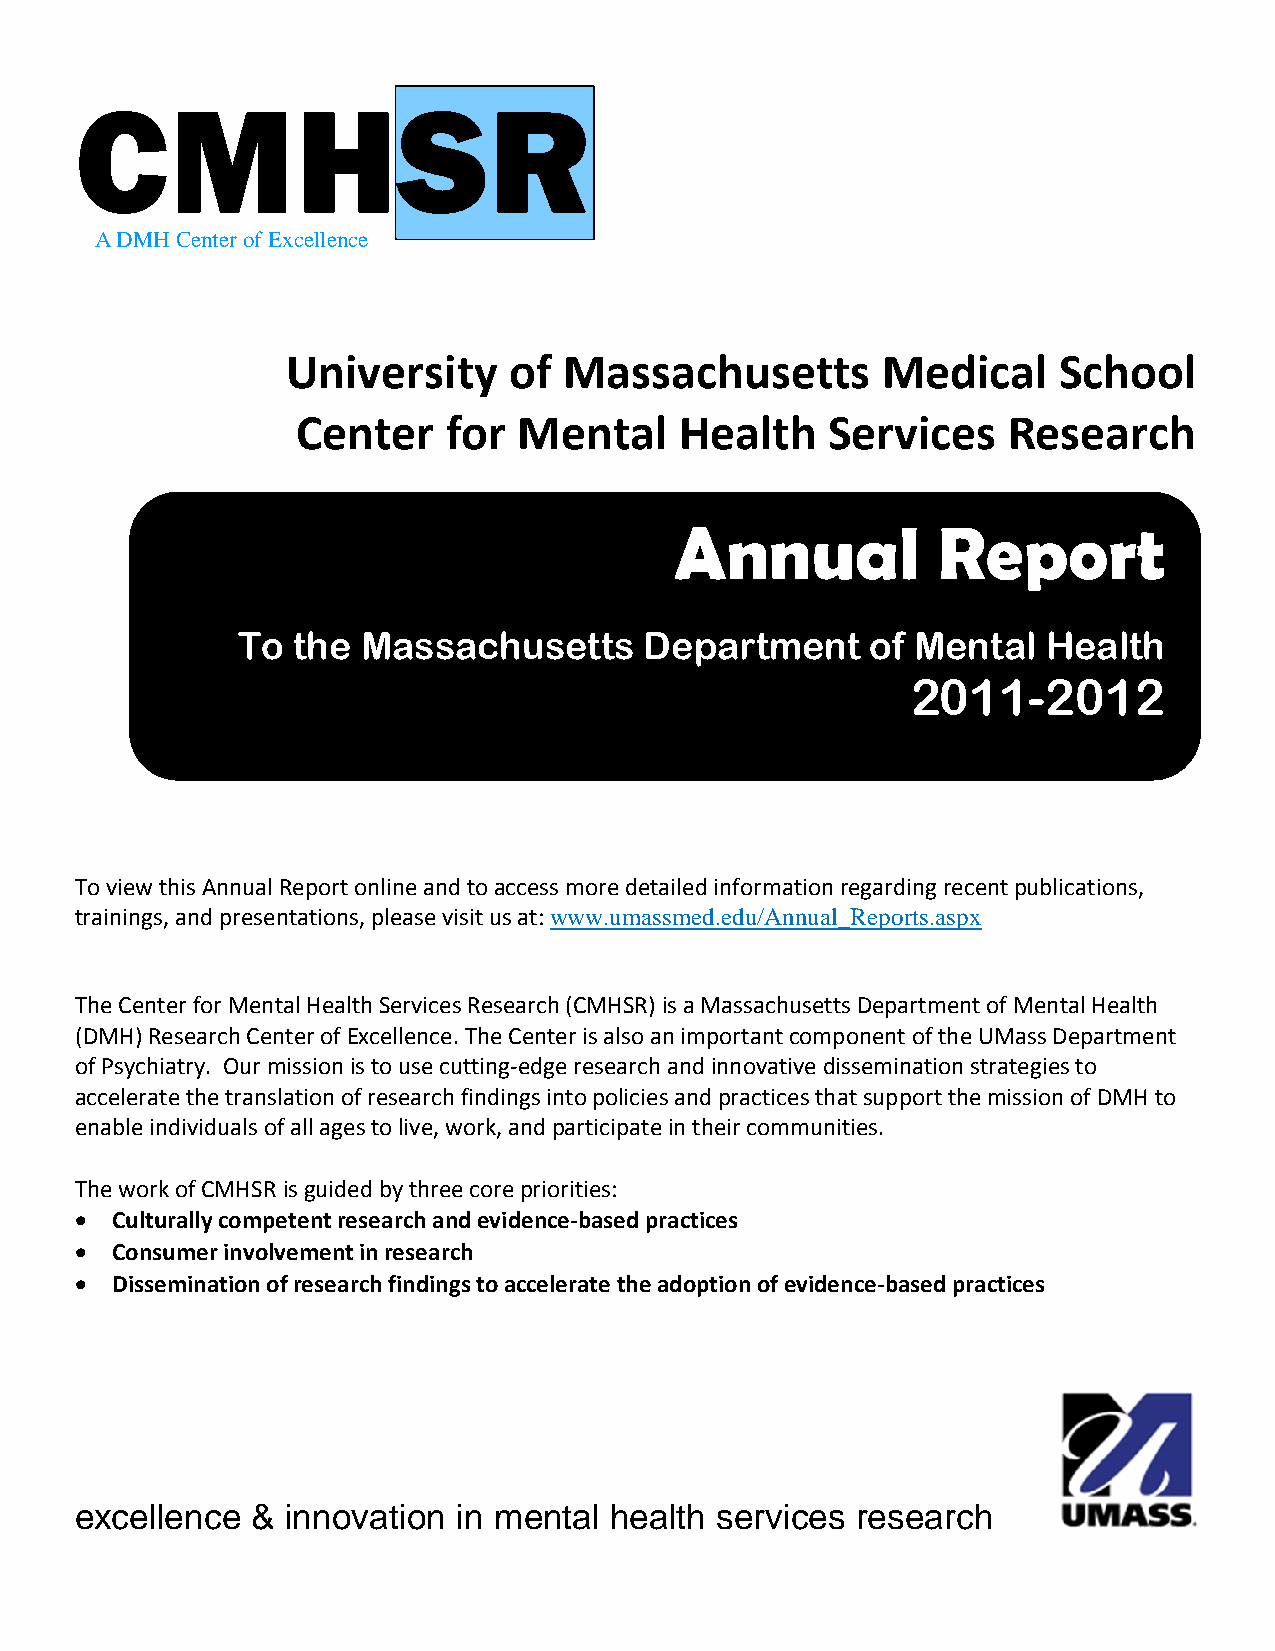
CMHSR
 A DMH Center of Excellence
 University     of Massachusetts        Medical     School
 Center   for  Mental     Health    Services    Research
 Annual           Report
 To the  Massachusetts      Department     of Mental  Health
 2011-2012
 To view this Annual Report online and to access more detailed information regarding recent publications,
 trainings, and presentations, please visit us at: www.umassmed.edu/Annual_Reports.aspx
 The Center for Mental Health Services Research (CMHSR) is a Massachusetts Department of Mental Health
 (DMH) Research Center of Excellence. The Center is also an important component of the UMass Department
 of Psychiatry. Our mission is to use cutting‐edge research and innovative dissemination strategies to
 accelerate the translation of research findings into policies and practices that support the mission of DMH to
 enable individuals of all ages to live, work, and participate in their communities.
 The work of CMHSR is guided by three core priorities:
  Culturally competent research and evidence‐based practices
  Consumer involvement in research
  Dissemination of research findings to accelerate the adoption of evidence‐based practices
 excellence  & innovation in mental health services  research